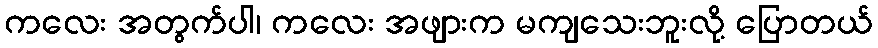
ကလေး အတွက်ပါ၊ ကလေး အဖျားက မကျသေးဘူးလို့ ပြောတယ်